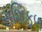
રાશિફળ